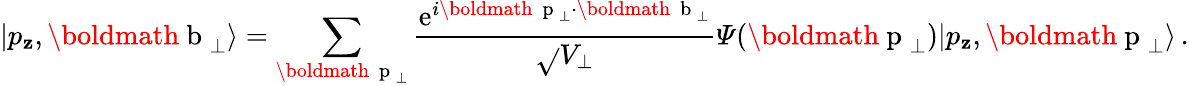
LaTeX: |p_{\mathbf{z}},\mathrm{{\boldmath~b~}}_{\perp}\rangle=\sum_{\mathrm{{\boldmath~{\scriptstyle~p}~}}_{\perp}}\frac{{\mathrm{{e}}^{i\mathrm{{\boldmath~{\scriptstyle~p}~}}_{\perp}\cdot\mathrm{{\boldmath~{\scriptstyle~b}~}}_{\perp}}}}{{\sqrt{}{{V_{\perp}}}}}{\mit\Psi}(\mathrm{{\boldmath~p~}}_{\perp})|p_{\mathbf{z}},\mathrm{{\boldmath~p~}}_{\perp}\rangle\, .